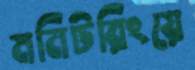
মনিটরিংয়ে